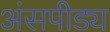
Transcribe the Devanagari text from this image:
अंसपीड्य